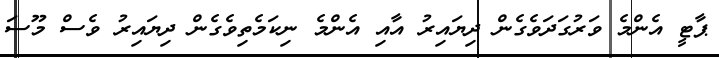
ޕާޓީ އެންމެ ވަރުގަދަވެގެން ދިޔައިރު އާއި އެންމެ ނިކަމެތިވެގެން ދިޔައިރު ވެސް މޫސަ